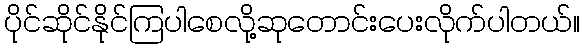
ပိုင်ဆိုင်နိုင်ကြပါစေလို့ဆုတောင်းပေးလိုက်ပါတယ်။